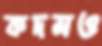
কদমও